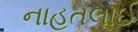
નાહતલાઈ